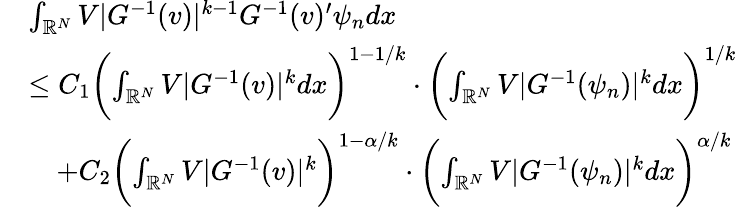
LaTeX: \begin{array}{rl}&{\int_{\mathbb{R}^{N}}V|G^{-1}(v)|^{k-1}G^{-1}(v)^{\prime}\psi_{n}dx}\\ &{\le C_{1}\biggl(\int_{\mathbb{R}^{N}}V|G^{-1}(v)|^{k}dx\biggr)^{1-1/k}\cdot\biggl(\int_{\mathbb{R}^{N}}V|G^{-1}(\psi_{n})|^{k}dx\biggr)^{1/k}}\\ &{\quad+C_{2}\biggl(\int_{\mathbb{R}^{N}}V|G^{-1}(v)|^{k}\biggr)^{1-\alpha/k}\cdot\biggl(\int_{\mathbb{R}^{N}}V|G^{-1}(\psi_{n})|^{k}dx\biggr)^{\alpha/k}}\end{array}